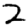
Digit: 2